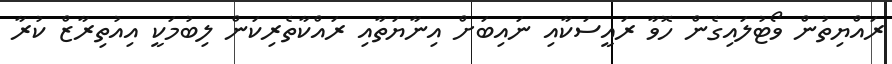
ރައްޔިތުން ވޯޓުލައިގެން ހޮވާ ރައީސަކާއި ނައިބަށް އިނާޔަތާއި ރައްކާތެރިކަން ލިބުމަކީ އިއުތިރާޒް ކުރާ